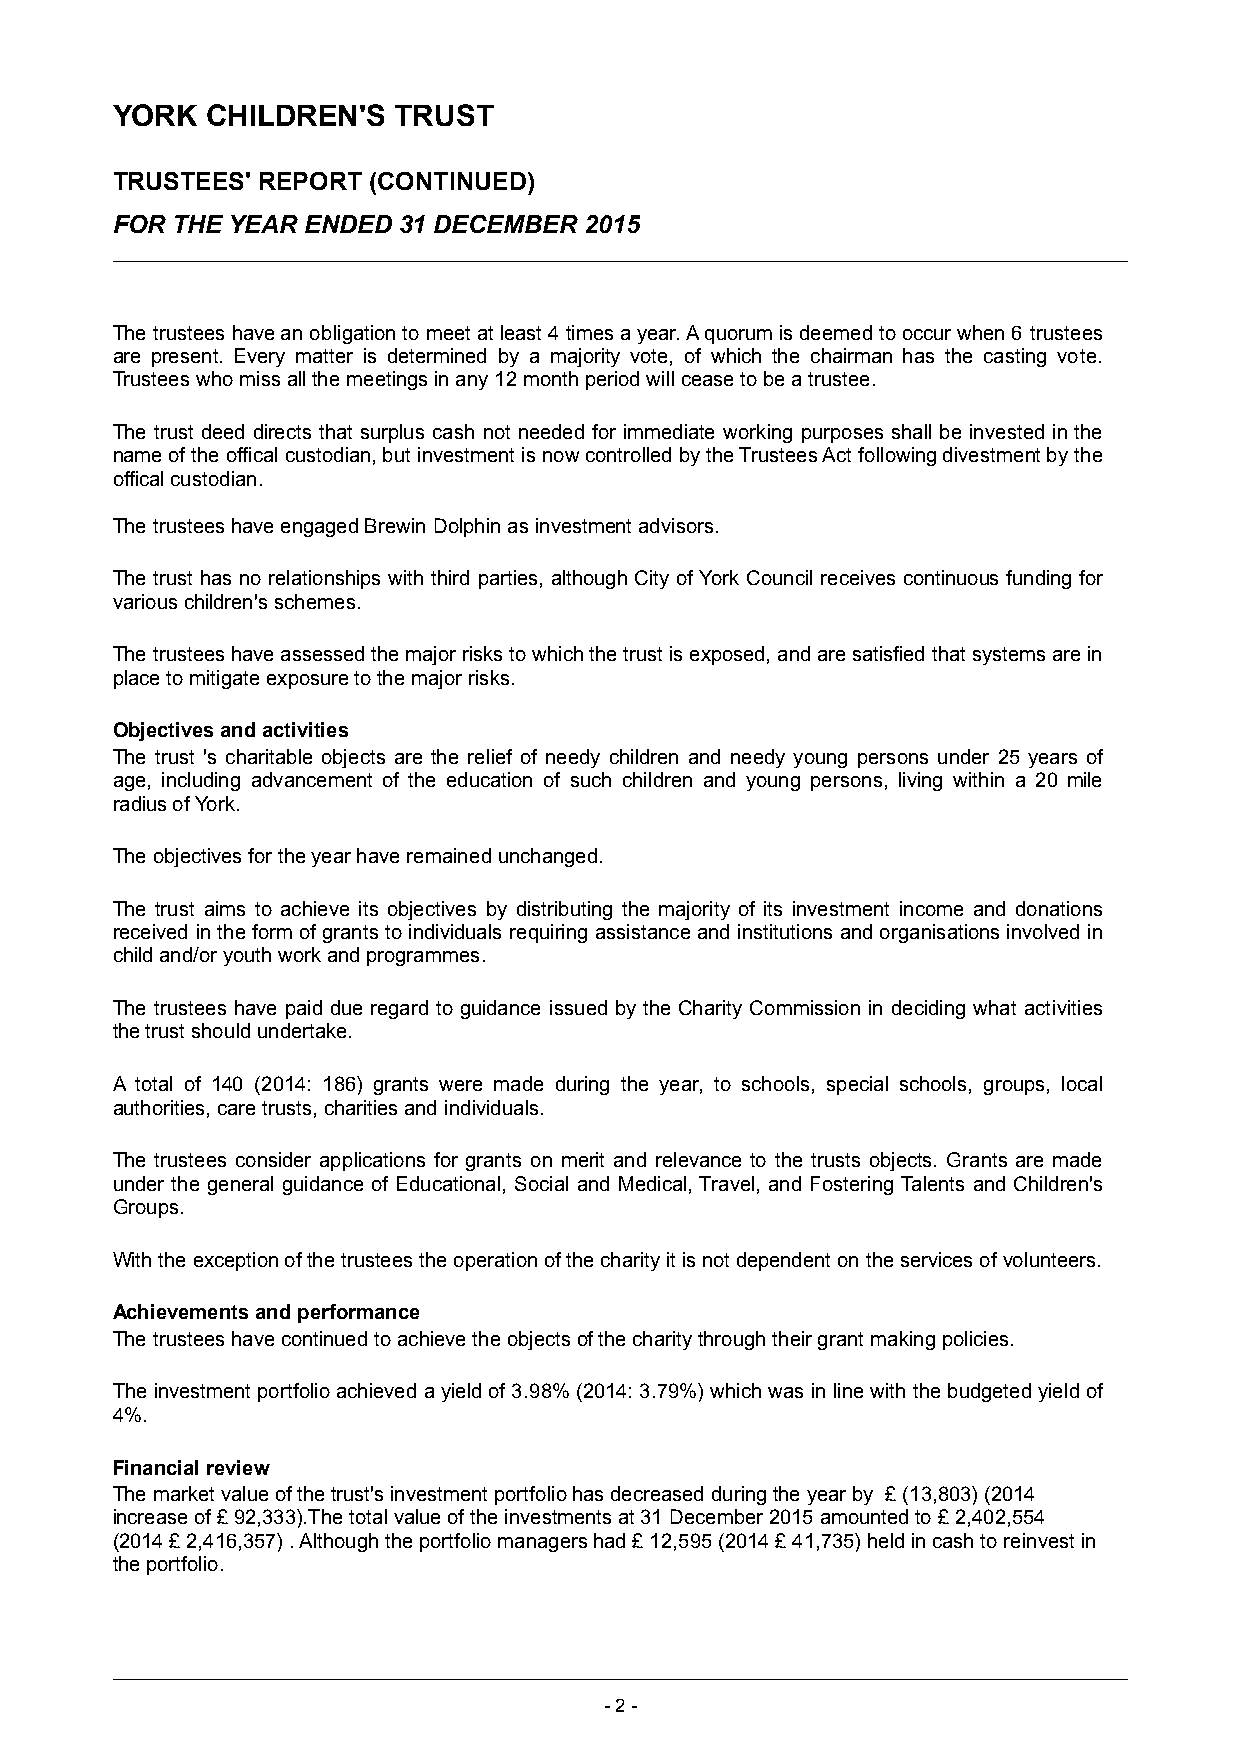
YORK   CHILDREN'S  TRUST
 TRUSTEES' REPORT (CONTINUED)
 FOR THE YEAR ENDED 31 DECEMBER  2015
 The trustees have an obligation to meet at least 4 times a year. A quorum is deemed to occur when 6 trustees
 are present. Every matter is determined by a majority vote, of which the chairman has the casting vote.
 Trustees who miss all the meetings in any 12 month period will cease to be a trustee.
 The trust deed directs that surplus cash not needed for immediate working purposes shall be invested in the
 name of the offical custodian, but investment is now controlled by the Trustees Act following divestment by the
 offical custodian.
 The trustees have engaged Brewin Dolphin as investment advisors.
 The trust has no relationships with third parties, although City of York Council receives continuous funding for
 various children's schemes.
 The trustees have assessed the major risks to which the trust is exposed, and are satisfied that systems are in
 place to mitigate exposure to the major risks.
 Objectives and activities
 The trust 's charitable objects are the relief of needy children and needy young persons under 25 years of
 age, including advancement of the education of such children and young persons, living within a 20 mile
 radius of York.
 The objectives for the year have remained unchanged.
 The trust aims to achieve its objectives by distributing the majority of its investment income and donations
 received in the form of grants to individuals requiring assistance and institutions and organisations involved in
 child and/or youth work and programmes.
 The trustees have paid due regard to guidance issued by the Charity Commission in deciding what activities
 the trust should undertake.
 A total of 140 (2014: 186) grants were made during the year, to schools, special schools, groups, local
 authorities, care trusts, charities and individuals.
 The trustees consider applications for grants on merit and relevance to the trusts objects. Grants are made
 under the general guidance of Educational, Social and Medical, Travel, and Fostering Talents and Children's
 Groups.
 With the exception of the trustees the operation of the charity it is not dependent on the servicesof volunteers.
 Achievements and performance
 The trustees have continued to achieve the objects of the charity through their grant making policies.
 The investment portfolio achieved a yield of 3.98% (2014: 3.79%) which was in line with the budgeted yield of
 4%.
 Financial review
 The market value ofthe trust's investment portfolio has decreased during the yearby £ (13,803) (2014
 increase of £ 92,333).The total value of the investments at 31 December 2015 amounted to £ 2,402,554
 (2014 £ 2,416,357) . Although the portfolio managers had £ 12,595 (2014 £ 41,735) held in cash to reinvest in
 the portfolio.
 -2 -